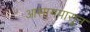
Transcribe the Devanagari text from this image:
आसामपासून